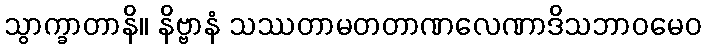
သွာက္ခာတာနိ။ နိဗ္ဗာနံ သဿတာမတတာဏလေဏာဒိသဘာဝမေဝ